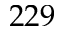
2 2 9